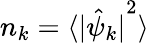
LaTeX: n_{k}=\langle{\lvert{\hat{\psi}_{k}}\rvert}^{2}\rangle